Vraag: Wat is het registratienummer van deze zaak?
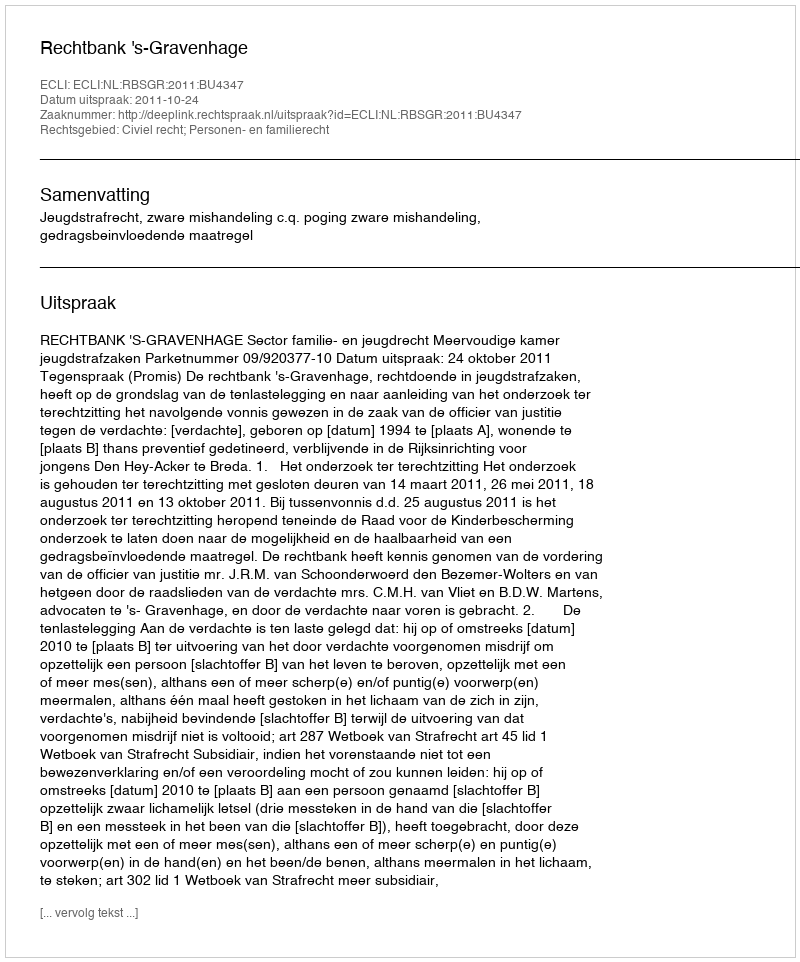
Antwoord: http://deeplink.rechtspraak.nl/uitspraak?id=ECLI:NL:RBSGR:2011:BU4347